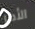
الأمر